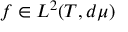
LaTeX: f \in L ^ { 2 } ( T , d \mu )